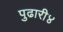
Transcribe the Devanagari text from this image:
पुढारी४